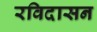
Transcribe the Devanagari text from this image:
रविदासन